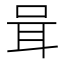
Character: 咠